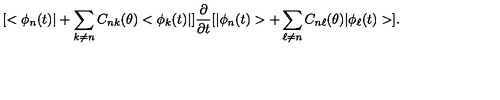
[ < \phi _ { n } ( t ) | + \sum _ { k \neq n } C _ { n k } ( \theta ) < \phi _ { k } ( t ) | ] \frac { \partial } { \partial t } [ | \phi _ { n } ( t ) > + \sum _ { \ell \neq n } C _ { n \ell } ( \theta ) | \phi _ { \ell } ( t ) > ] .